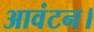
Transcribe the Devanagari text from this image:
आवंटन।